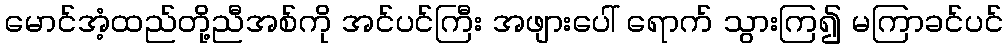
မောင်အံ့ထည်တို့ညီအစ်ကို အင်ပင်ကြီး အဖျားပေါ် ရောက် သွားကြ၍ မကြာခင်ပင်